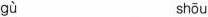
gù shōu